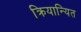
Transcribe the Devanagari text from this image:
क्रियान्यित